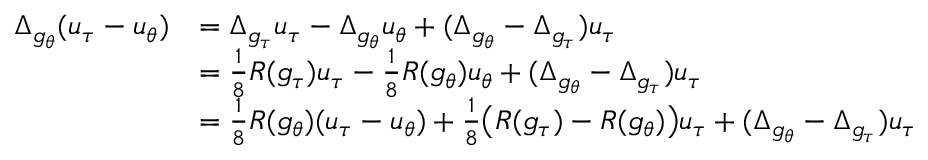
\begin{array} { r l } { \Delta _ { g _ { \theta } } ( u _ { \tau } - u _ { \theta } ) } & { = \Delta _ { g _ { \tau } } u _ { \tau } - \Delta _ { g _ { \theta } } u _ { \theta } + ( \Delta _ { g _ { \theta } } - \Delta _ { g _ { \tau } } ) u _ { \tau } } \\ & { = \frac 1 8 R ( g _ { \tau } ) u _ { \tau } - \frac 1 8 R ( g _ { \theta } ) u _ { \theta } + ( \Delta _ { g _ { \theta } } - \Delta _ { g _ { \tau } } ) u _ { \tau } } \\ & { = \frac 1 8 R ( g _ { \theta } ) ( u _ { \tau } - u _ { \theta } ) + \frac 1 8 \big ( R ( g _ { \tau } ) - R ( g _ { \theta } ) \big ) u _ { \tau } + ( \Delta _ { g _ { \theta } } - \Delta _ { g _ { \tau } } ) u _ { \tau } } \end{array}